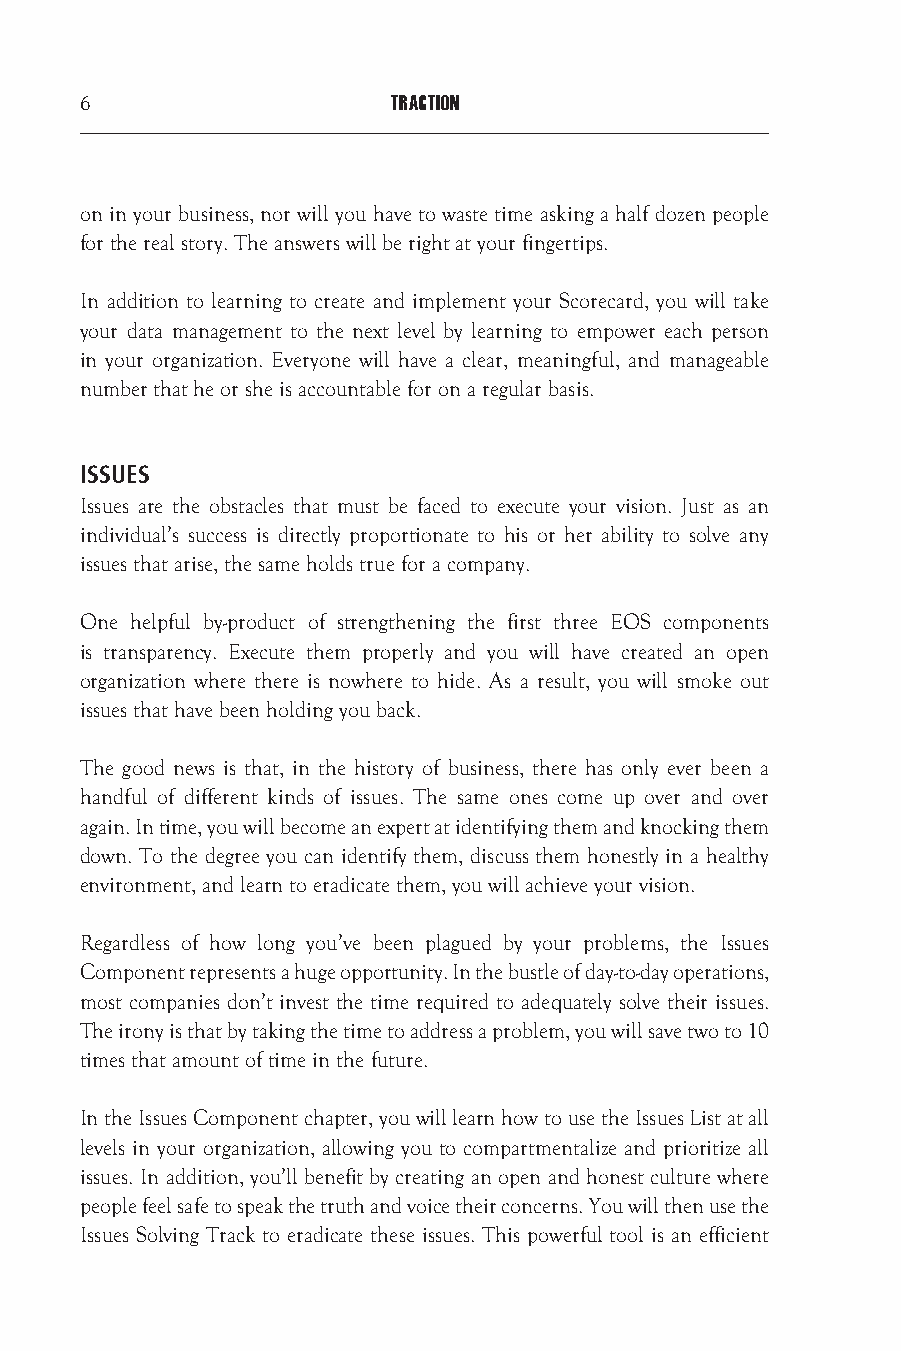
6                    TRACTION
 on in your business, nor will you have to waste time asking a half dozen people
 for the real story. The answers will be right at your fingertips.
 In addition to learning to create and implement your Scorecard, you will take
 your data management to the next level by learning to empower each person
 in your organization. Everyone will have a clear, meaningful, and manageable
 number that he or she is accountable for on a regular basis.
 ISSUES
 Issues are the obstacles that must be faced to execute your vision. Just as an
 individual’s success is directly proportionate to his or her ability to solve any
 issues that arise, the same holds true for a company.
 One helpful by-product of strengthening the first three EOS components
 is transparency. Execute them properly and you will have created an open
 organization where there is nowhere to hide. As a result, you will smoke out
 issues that have been holding you back.
 The good news is that, in the history of business, there has only ever been a
 handful of different kinds of issues. The same ones come up over and over
 again. In time, you will become an expert at identifying them and knocking them
 down. To the degree you can identify them, discuss them honestly in a healthy
 environment, and learn to eradicate them, you will achieve your vision.
 Regardless of how long you’ve been plagued by your problems, the Issues
 Component represents a huge opportunity. In the bustle of day-to-day operations,
 most companies don’t invest the time required to adequately solve their issues.
 The irony is that by taking the time to address a problem, you will save two to 10
 times that amount of time in the future.
 In the Issues Component chapter, you will learn how to use the Issues List at all
 levels in your organization, allowing you to compartmentalize and prioritize all
 issues. In addition, you’ll benefit by creating an open and honest culture where
 people feel safe to speak the truth and voice their concerns. You will then use the
 Issues Solving Track to eradicate these issues. This powerful tool is an efficient